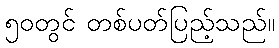
၅၀တွင် တစ်ပတ်ပြည့်သည်။